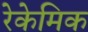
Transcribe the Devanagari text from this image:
रेकेमिक